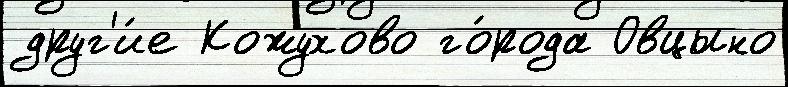
друг'и́е Кожухово го́рода Овцыно